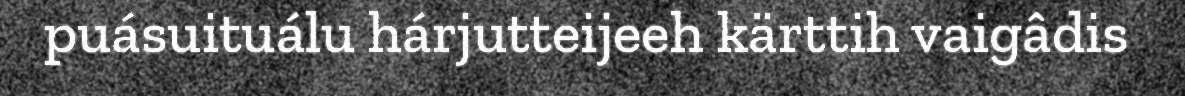
puásuituálu hárjutteijeeh kärttih vaigâdis